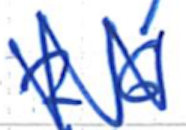
Text: 26
Cross-out: zig-zag
Writing tool: ballpoint